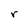
Character: r